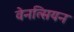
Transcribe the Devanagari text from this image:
वेनत्सियन